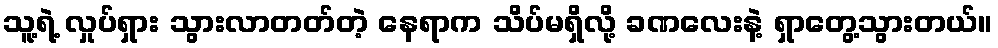
သူ့ရဲ့ လှုပ်ရှား သွားလာတတ်တဲ့ နေရာက သိပ်မရှိလို့ ခဏလေးနဲ့ ရှာတွေ့သွားတယ်။